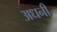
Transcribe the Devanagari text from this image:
अधनी